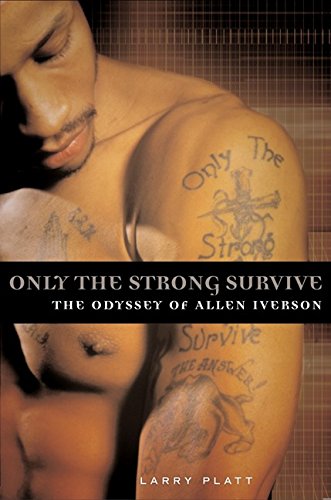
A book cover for Only the Strong Survive: The Odyssey of Allen Iverson; Larry Platt; Sports & Outdoors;